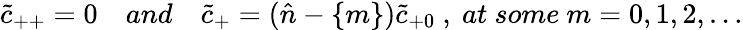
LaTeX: \tilde{c}_{++}=0\quad and\quad\tilde{c}_{+}=({\hat{n}}-\{ m\} )\tilde{c}_{+0}\ ,\ at\ some\ m=0,1,2,\dots